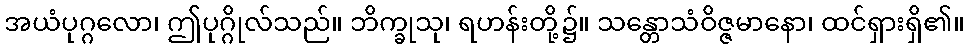
အယံပုဂ္ဂလော၊ ဤပုဂ္ဂိုလ်သည်။ ဘိက္ခုသု၊ ရဟန်းတို့၌။ သန္တောသံဝိဇ္ဇမာနော၊ ထင်ရှားရှိ၏။